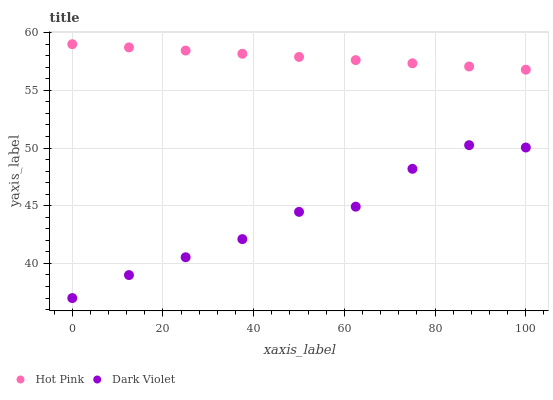
| xaxis_label | Hot Pink | Dark Violet |
 | --- | --- | --- |
 | 0 | 59 | 37 |
 | 12.5 | 58.7 | 39 |
 | 25 | 58.4 | 40.5 |
 | 37.5 | 58.2 | 42.1 |
 | 50 | 57.9 | 44.5 |
 | 62.5 | 57.6 | 44.9 |
 | 75 | 57.3 | 48.2 |
 | 87.5 | 57.1 | 50.3 |
 | 100 | 56.8 | 50 |